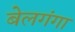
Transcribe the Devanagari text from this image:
बेलगंगा